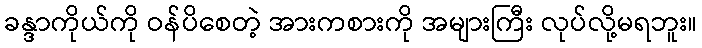
ခန္ဒာကိုယ်ကို ဝန်ပိစေတဲ့ အားကစားကို အများကြီး လုပ်လို့မရဘူး။